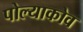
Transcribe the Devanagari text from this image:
पोल्याकोव